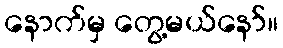
နောက်မှ တွေ့မယ်နော်။